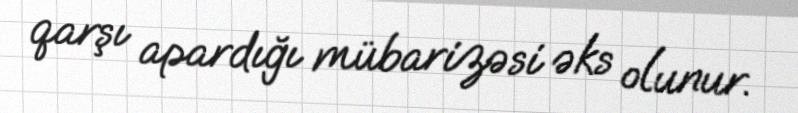
qarşı apardığı mübarizəsi əks olunur.